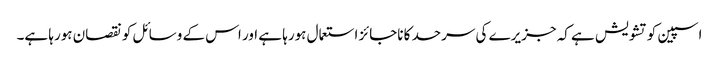
اسپین کو تشویش ہے کہ جزیرے کی سرحد کا ناجائز استعمال ہورہا ہے اور اس کے وسائل کو نقصان ہورہا ہے۔